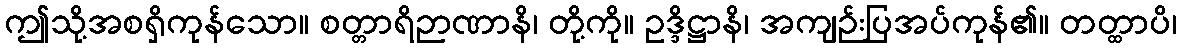
ဤသို့အစရှိကုန်သော။ စတ္တာရိဉာဏာနိ၊ တို့ကို။ ဥဒ္ဒိဋ္ဌာနိ၊ အကျဉ်းပြအပ်ကုန်၏။ တတ္ထာပိ၊